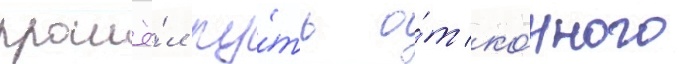
прошё́л пу́ть о́т ко́нного